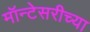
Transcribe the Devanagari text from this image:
मॉन्टेसरीच्या